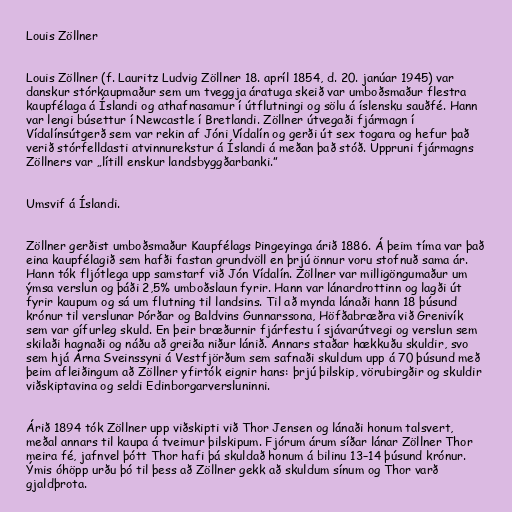
Louis Zöllner

Louis Zöllner (f. Lauritz Ludvig Zöllner 18. apríl 1854, d. 20. janúar 1945) var
danskur stórkaupmaður sem um tveggja áratuga skeið var umboðsmaður flestra
kaupfélaga á Íslandi og athafnasamur í útflutningi og sölu á íslensku sauðfé. Hann
var lengi búsettur í Newcastle í Bretlandi. Zöllner útvegaði fjármagn í
Vídalínsútgerð sem var rekin af Jóni Vídalín og gerði út sex togara og hefur það
verið stórfelldasti atvinnurekstur á Íslandi á meðan það stóð. Uppruni fjármagns
Zöllners var „lítill enskur landsbyggðarbanki.”

Umsvif á Íslandi.

Zöllner gerðist umboðsmaður Kaupfélags Þingeyinga árið 1886. Á þeim tíma var það
eina kaupfélagið sem hafði fastan grundvöll en þrjú önnur voru stofnuð sama ár.
Hann tók fljótlega upp samstarf við Jón Vídalín. Zöllner var milligöngumaður um
ýmsa verslun og þáði 2,5% umboðslaun fyrir. Hann var lánardrottinn og lagði út
fyrir kaupum og sá um flutning til landsins. Til að mynda lánaði hann 18 þúsund
krónur til verslunar Þórðar og Baldvins Gunnarssona, Höfðabræðra við Grenivík
sem var gífurleg skuld. En þeir bræðurnir fjárfestu í sjávarútvegi og verslun sem
skilaði hagnaði og náðu að greiða niður lánið. Annars staðar hækkuðu skuldir, svo
sem hjá Árna Sveinssyni á Vestfjörðum sem safnaði skuldum upp á 70 þúsund með
þeim afleiðingum að Zöllner yfirtók eignir hans: þrjú þilskip, vörubirgðir og skuldir
viðskiptavina og seldi Edinborgarversluninni.

Árið 1894 tók Zöllner upp viðskipti við Thor Jensen og lánaði honum talsvert,
meðal annars til kaupa á tveimur þilskipum. Fjórum árum síðar lánar Zöllner Thor
meira fé, jafnvel þótt Thor hafi þá skuldað honum á bilinu 13–14 þúsund krónur.
Ýmis óhöpp urðu þó til þess að Zöllner gekk að skuldum sínum og Thor varð
gjaldþrota.